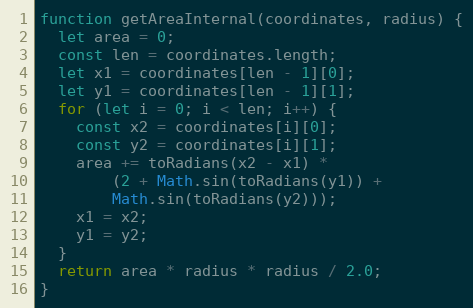
Language: JavaScript
function getAreaInternal(coordinates, radius) {
  let area = 0;
  const len = coordinates.length;
  let x1 = coordinates[len - 1][0];
  let y1 = coordinates[len - 1][1];
  for (let i = 0; i < len; i++) {
    const x2 = coordinates[i][0];
    const y2 = coordinates[i][1];
    area += toRadians(x2 - x1) *
        (2 + Math.sin(toRadians(y1)) +
        Math.sin(toRadians(y2)));
    x1 = x2;
    y1 = y2;
  }
  return area * radius * radius / 2.0;
}